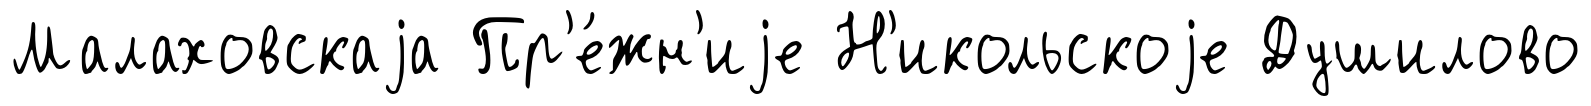
Малаховскаjа Пр'е́жн'иjе Н'икольскоjе Душилово